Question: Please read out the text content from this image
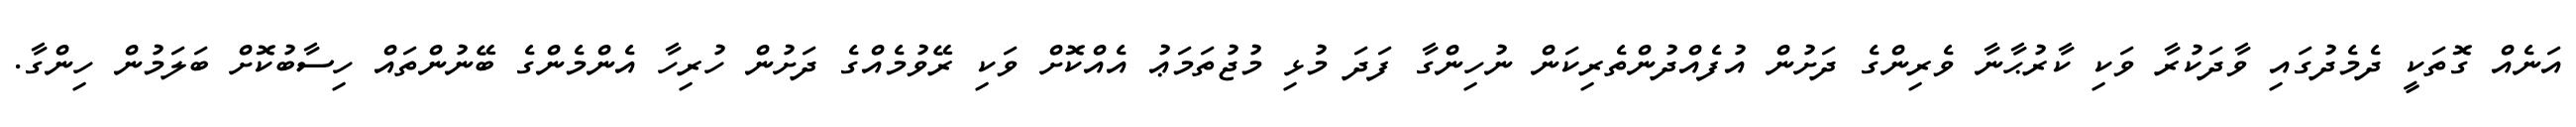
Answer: އަނެއް ގޮތަކީ ދެމެދުގައި ވާދަކުރާ ވަކި ކާރުޙާނާ ވެރިންގެ ދަށުން އުފެއްދުންތެރިކަން ނުހިންގާ ފަދަ މުޅި މުޖުތަމަޢު އެއްކޮށް ވަކި ރޭވުމެއްގެ ދަށުން ހުރިހާ އެންމެންގެ ބޭނުންތައް ހިސާބުކޮށް ބަލަމުން ހިންގާ.